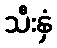
သီးနှံ